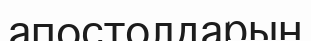
апостолдарын